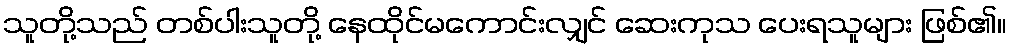
သူတို့သည် တစ်ပါးသူတို့ နေထိုင်မကောင်းလျှင် ဆေးကုသ ပေးရသူများ ဖြစ်၏။